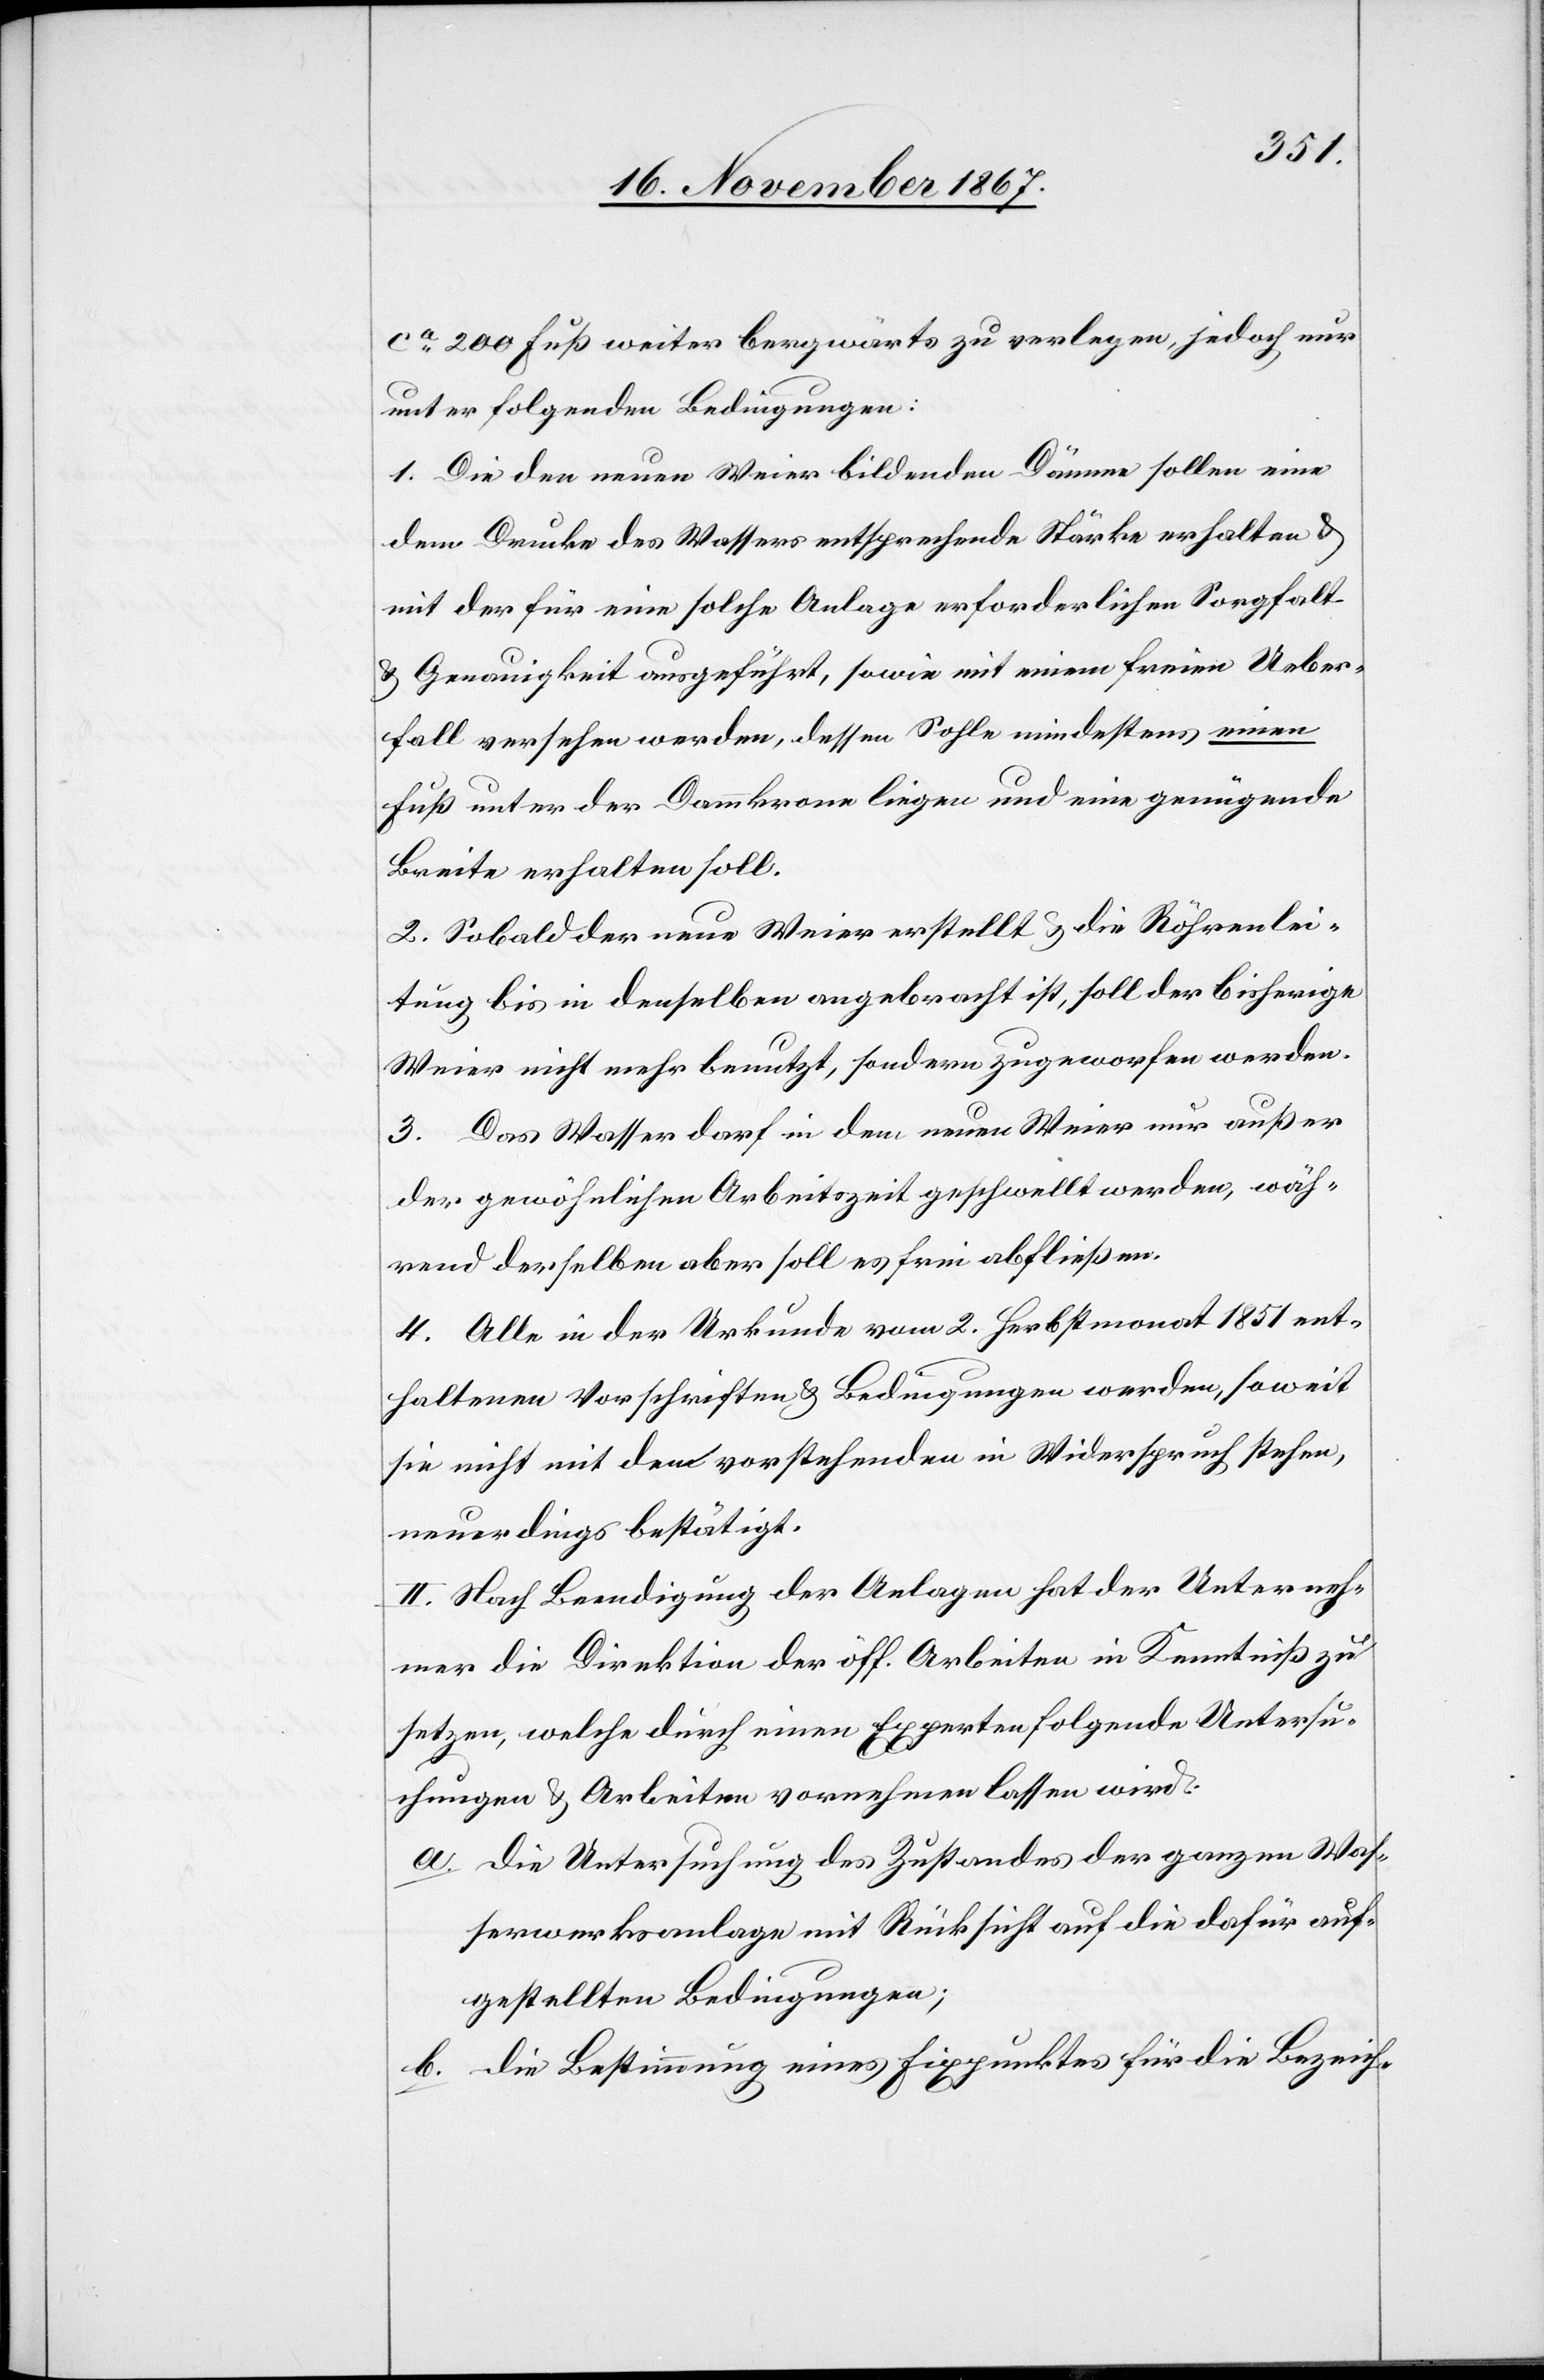
ca. 200 Fuß weiter bergwärts zu verlegen, jedoch nur
unter folgenden Bedingungen:
1. Die den neuen Weier bildenden Dämme sollen eine
dem Drucke des Wassers entsprechende Stärke erhalten u.
mit der für eine solche Anlage erforderlichen Sorgfalt
u. Genauigkeit ausgeführt, sowie mit einem freien Ueber¬
fall versehen werden, dessen Sohle mindestens einen
Fuß unter der Dammkrone liegen und eine genügende
Breite erhalten soll.
2. Sobald der neue Weier erstellt u. die Röhrenlei¬
tung bis in denselben angebracht ist, soll der bisherige
Weier nicht mehr benutzt, sondern zugeworfen werden.
3. Das Wasser darf in dem neuen Weier nur außer
der gewohnten Arbeitszeit geschwellt werden, wäh¬
rend derselben aber soll es frei abfließen.
4. Alle in der Urkunde vom 2. Herbstmonat 1851 ent¬
haltenen Vorschriften u. Bedingungen werden, soweit
sie nicht mit dem vorstehenden in Widerspruche stehen,
neuerdings bestätigt.
II. Nach Beendigung der Anlagen hat der Unterneh¬
mer die Direktion der öff. Arbeiten in Kenntniß zu
setzen, welche durch einen Experten folgende Untersu¬
chungen u. Arbeiten vornehmen lassen wird:
a. die Untersuchung des Zustandes der ganzen Was¬
serwerksanlage mit Rücksicht auf die dafür auf¬
gestellten Bedingungen;
b. die Bestimmung eines Fixpunktes für die Bezeich-